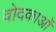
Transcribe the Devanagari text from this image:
वोदकाओं